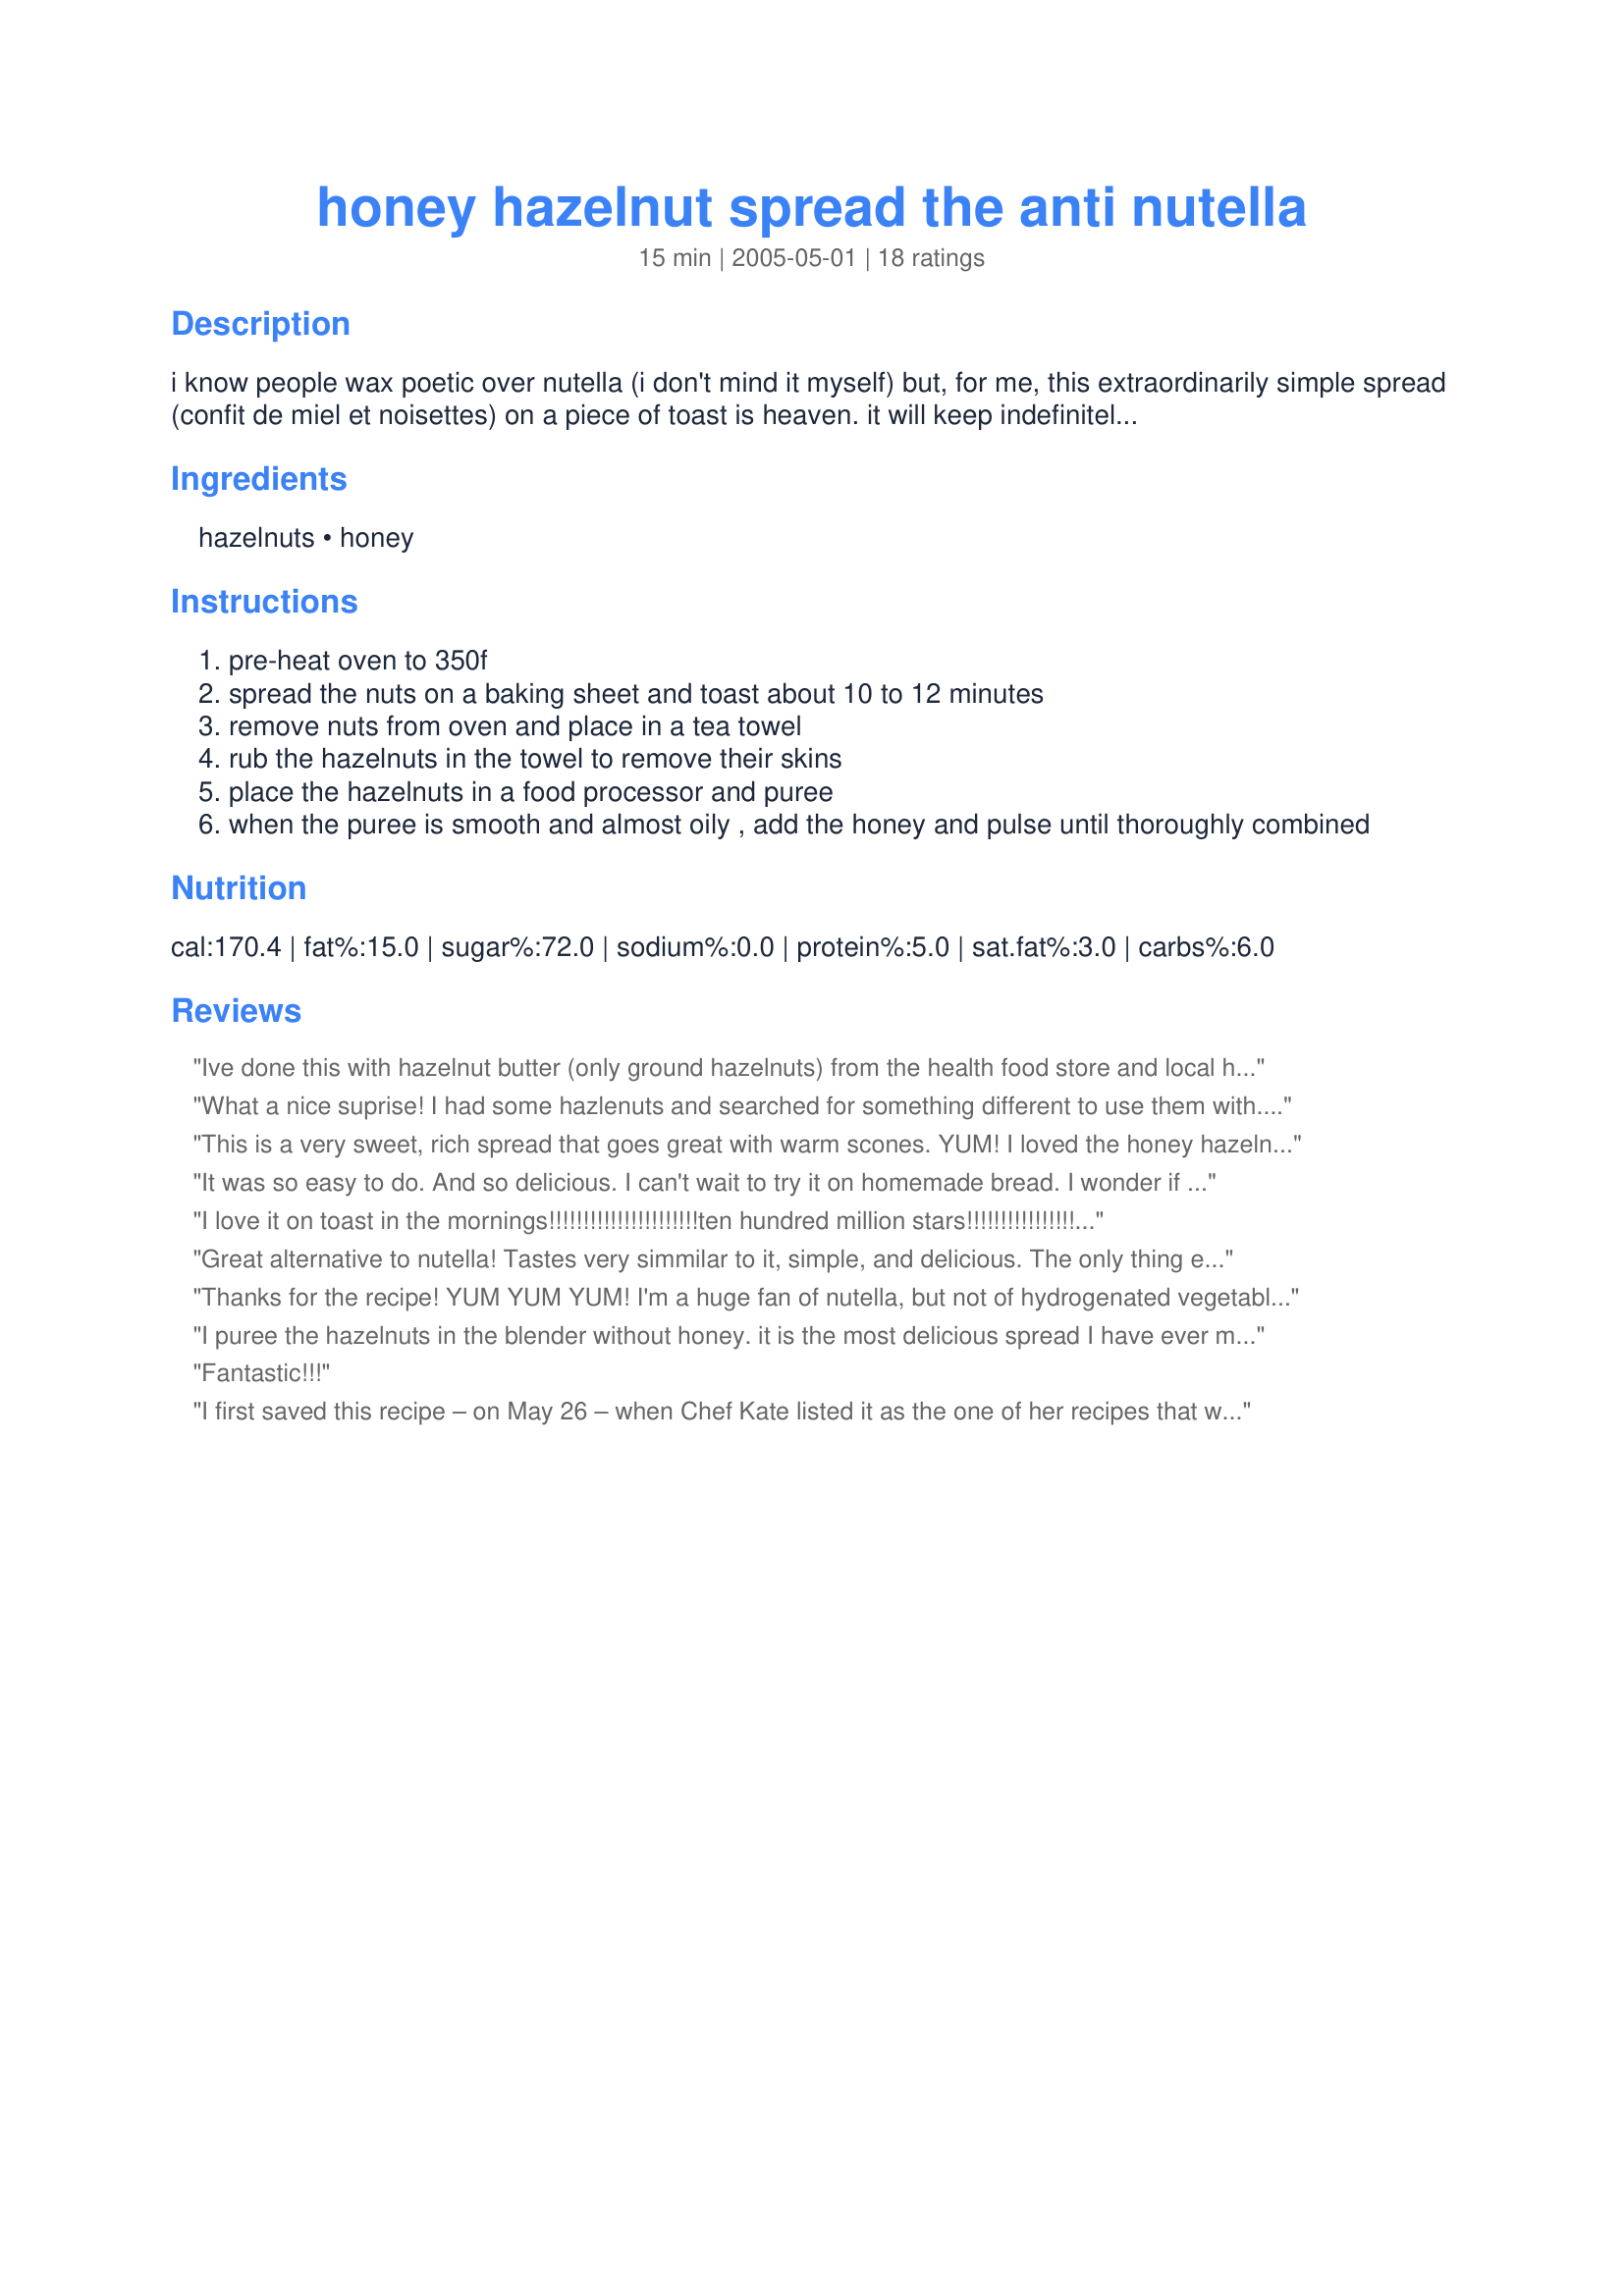
honey hazelnut spread the anti nutella
Preparation time: 15 minutes

i know people wax poetic over nutella (i don't mind it myself) but, for me, this extraordinarily simple spread (confit de miel et noisettes) on a piece of toast is heaven. it will keep indefinitely in an air-tight jar in the fridge but, trust me, it won't last that long.

Ingredients:
hazelnuts, honey

Steps:
pre-heat oven to 350f
spread the nuts on a baking sheet and toast about 10 to 12 minutes
remove nuts from oven and place in a tea towel
rub the hazelnuts in the towel to remove their skins
place the hazelnuts in a food processor and puree
when the puree is smooth and almost oily , add the honey and pulse until thoroughly combined

Reviews:
Ive done this with hazelnut butter (only ground hazelnuts) from the health food store and local honey. I actually just mix it in without any food processor. This is better than nutella because as another mentioned, the funny stuff they put in it. On toast or fresh crisp apples, wow. I am sure 100% this may just be even better or if not I already love it.
What a nice suprise! I had some hazlenuts and searched for something different to use them with. DH and I had some on a multi grain bread. This will be my summertime treat for all of my guests.
This is a very sweet, rich spread that goes great with warm scones. YUM! I loved the honey hazelnut combination, it was like eating marzipan paste. lol<br/>I decreased the honey by a few tbs and still found it quite dominant, so next time I might try halving it. My hand held blender struggled with making this super smooth, but I liked the rough texture a lot.<br/>Thanks so much for sharing this keeper, Kate! Ill surely make it again.<br/>Made and reviewed for the Honey Tag in the Spain/Portugal forum February 2012.
It was so easy to do. And so delicious. I can't wait to try it on homemade bread. I wonder if we add cacao to it, it would taste a bit more like nutella and will have the color. I'll try it next time and will be back with a review. Thanks Chef Kate. Made for Zaar Star Game.
I love it on toast in the mornings!!!!!!!!!!!!!!!!!!!!!!<br/>ten hundred million stars!!!!!!!!!!!!!!!!!<br/>sophia-age 9 (i wrote this myself!)
Great alternative to nutella! Tastes very simmilar to it, simple, and delicious. The only thing extra that might need mentioning is that the food processor barely mixes it once you add honey- so make sure the nuts are as creamy as can be before adding it-
Great recipe!
Thanks for the recipe! YUM YUM YUM! I'm a huge fan of nutella, but not of hydrogenated vegetable oil and sugar. This spread has that great toasted hazelnut flavor I love in nutella, but without any funny stuff. We used it as a dip with some tart apples from the local farmer's market. To put it simply - "Wow!"
I puree the hazelnuts in the blender without honey. it is the most delicious spread I have ever made and tasted so far. 10 stars!
Fantastic!!!
I first saved this recipe – on May 26 – when Chef Kate listed it as the one of her recipes that was in the most cookbooks but still unreviewed. And I’m delighted to be reviewer number four, having re-discovered it as a result of Amis’ review for the Zaar World Tour 2005! I doubled the recipe, so I’ll be enjoying this yummy spread on English muffins for a few more mornings! Dead easy to make! And honey is so much tastier and healthier an option than sugar! And a wonderful low GI option for an energizing start to the day! Thank you Chef Kate and thank you Amis!
Outstanding!
Delicious, dangerous stuff you eat with a spoon when no one else is looking!
Absolutely fabulous Kate...and really easy too. Will make this often. I used really really flavorful local fireweed honey, and think if I use the same strong honey I will cut back on it just a tad. Also, I added a pinch or two of sea salt, just until I could begin to detect the salt. The salt really put it over the top for me. Ate it plain and in "PB & J" with my homemade plum/cointreau jam...yum...Thanks Kate!
I was gifted a lovely bag of shelled raw hazelnuts for Christmas and decided this would be the perfect "first" hazelnut recipe! I toasted the nuts as per instructions and just finished making the spread. Yummy! Can't wait to try it on toast in the morning. Had no problems with buzzing the toasted nuts in the food processor... tho they were a bit loud at first. :) I loved the aroma of the hazelnuts as they got pulverized... it was as good an aroma as when they first came out of the oven. The ground nuts and honey blended together quickly... turning the two into a thick peanut butter-type consistency.
Oh, yummy. I love nutella as well as honey so this was a great treat. They boys had it on their muffins this morning for breakfast. It's so easy to make. I made this during Zaar World Tour 05
This is really, really good!! It was delicious spread on toast, but I also had a problem not just eating it by itself by the spoonful. :) Thanks for sharing this simple, delicious recipe!
Really great for someone like me who isn't that keen on honey on it's own! I made half the recipe and we had some on toasted english muffins for desert last night! Love those toasted hazelnuts, we'll be having this a few times for brekky too! Thanks for an ace recipe Kate!
This is delicous. Very easy to make, in my opinion better than Nutella. And without preservatives and other nasties.
